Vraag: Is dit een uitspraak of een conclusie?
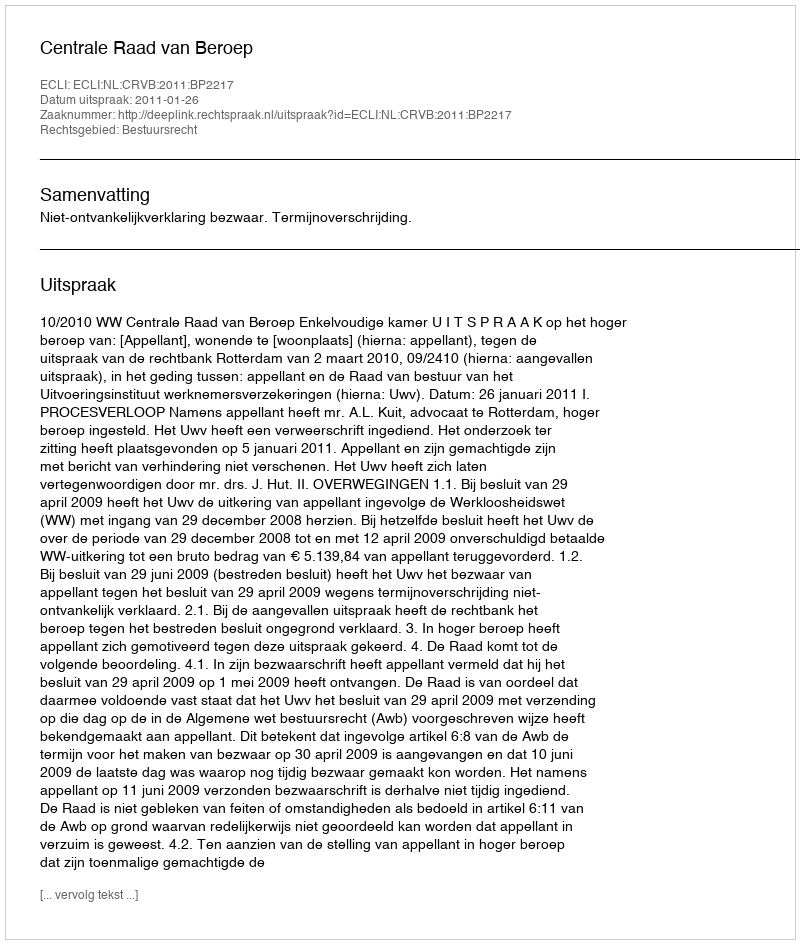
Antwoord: Uitspraak